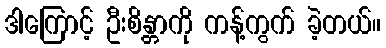
ဒါကြောင့် ဦးစိန္တာကို ကန့်ကွက် ခဲ့တယ်။